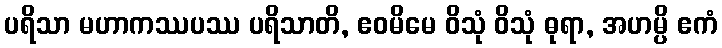
ပရိသာ မဟာကဿပဿ ပရိသာတိ, ဧဝမိမေ ဝိသုံ ဝိသုံ ဓုရာ, အဟမ္ပိ ဧကံ